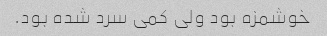
خوشمزه بود ولی کمی سرد شده بود.